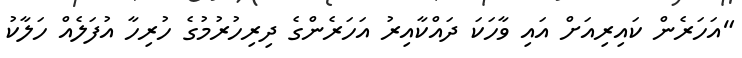
"އަހަރެން ކައިރިއަށް އައި ވާހަކަ ދައްކާއިރު އަހަރެންގެ ދިރިހުރުމުގެ ހުރިހާ އުފަލެއް ހަލާކު